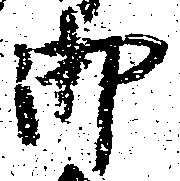
御